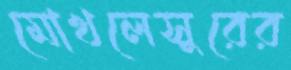
মোখলেসুরের